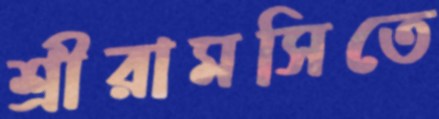
শ্রীরামসিতে